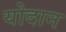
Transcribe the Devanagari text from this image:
योदान